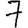
Digit: 7